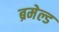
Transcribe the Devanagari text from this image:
ब्रमेल्ड